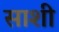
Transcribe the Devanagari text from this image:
साशी